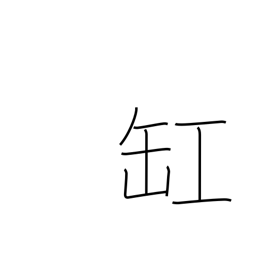
Meaning: urn